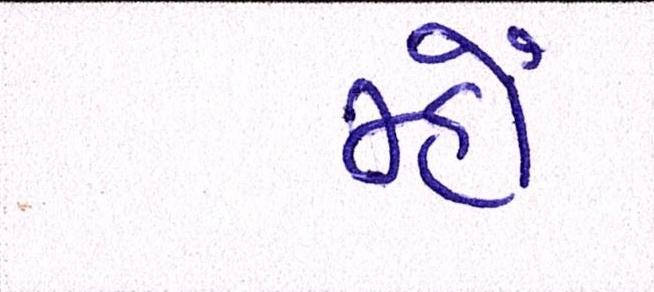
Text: મ્હોં